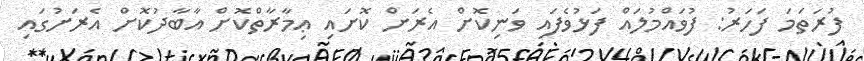
ފުރަތަމަ ފަހަރު: ފުވައްމުލައް ފަޅުވެފައި ވަނިކޮށް އެރަށް ކޮށައި ޢިމާރާތްކޮށް އާބާދުކޮށް އެރަށުގައި